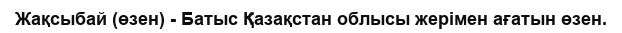
Жақсыбай (өзен) - Батыс Қазақстан облысы жерімен ағатын өзен.